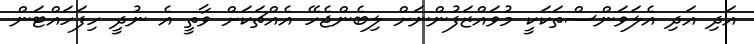
އަދި އަދި އެލަވަންސްތަކަކީ މުވައްޒަފުންނަށް ލިބެންޖެހޭ އެއްޗަކަށް ވާތީ އެ ނުދީ ހިފަހައްޓަން